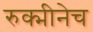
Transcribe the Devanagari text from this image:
रुक्मीनेच